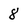
Character: 8